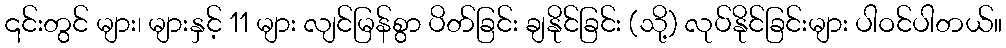
၎င်းတွင် များ၊ များနှင့် 11 များ လျင်မြန်စွာ ပိတ်ခြင်း ချနိုင်ခြင်း (သို့) လုပ်နိုင်ခြင်းများ ပါဝင်ပါတယ်။